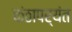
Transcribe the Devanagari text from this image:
कंठापर्यंत